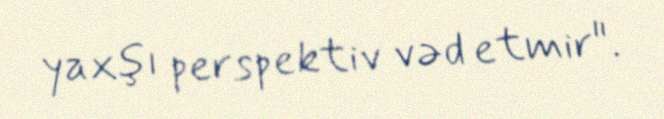
yaxşı perspektiv vəd etmir".